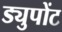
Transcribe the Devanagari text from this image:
ड्युपोंट